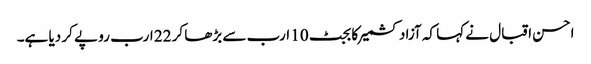
احسن اقبال نے کہا کہ آزاد کشمیر کا بجٹ 10 ارب سے بڑھا کر 22 ارب رو پے کر دیا ہے۔